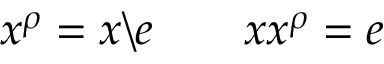
x ^ { \rho } = x \backslash e \qquad x x ^ { \rho } = e